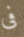
فى